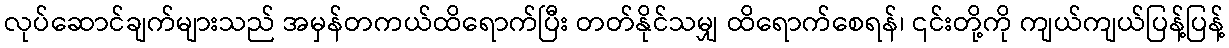
လုပ်ဆောင်ချက်များသည် အမှန်တကယ်ထိရောက်ပြီး တတ်နိုင်သမျှ ထိရောက်စေရန်၊ ၎င်းတို့ကို ကျယ်ကျယ်ပြန့်ပြန့်